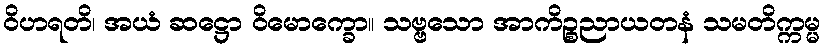
ဝိဟရတိ၊ အယံ ဆဋ္ဌော ဝိမောက္ခော။ သဗ္ဗသော အာကိဉ္စညာယတနံ သမတိက္ကမ္မ